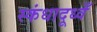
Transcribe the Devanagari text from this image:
स्कंधादूध्वँ